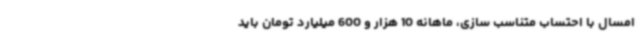
امسال با احتساب متناسب سازی، ماهانه 10 هزار و 600 میلیارد تومان باید